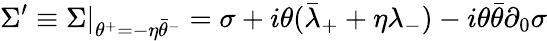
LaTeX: \Sigma^{\prime}\equiv\Sigma|_{\theta^{+}=-\eta\bar{\theta}^{-}}=\sigma+i\theta(\bar{\lambda}_{+}+\eta\lambda_{-})-i\theta\bar{\theta}\partial_{0}\sigma